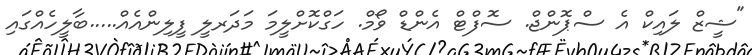
"ޝީޒް ލައިކް އެ ސްޕޮންޖް. ސޮފްޓް އެންޑް ވޯމް. ހަގްކޮށްލީމަ މަދަރލީ ފީލިންއެއް.....ބާލީހެއްގައި